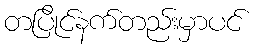
တပြိုင်နက်တည်းမှာပင်